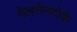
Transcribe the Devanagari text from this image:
गेलतेनदोर्फ़